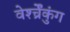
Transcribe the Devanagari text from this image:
वेर्श्च्रेंकुंग